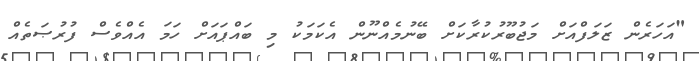
"އަހަރެން ޒަލަފްއަށް މަޖުބޫރުކުރާކަށް ބޭނުމެއްނޫން އެކަމަކު މި ބައްޕައަށް ހަމަ އެއްވެސް ފުރުޞަތެއް